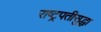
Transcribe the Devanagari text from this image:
राष्ट्रपतीसुद्धा